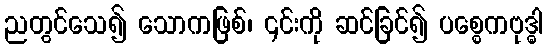
ညတွင်သေ၍ သောကဖြစ်၊ ၎င်းကို ဆင်ခြင်၍ ပစ္စေကဗုဒ္ဓါ